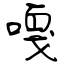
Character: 嘎